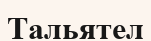
Тальятел